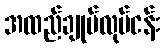
အထည်ချုပ်လုပ်ငန်း